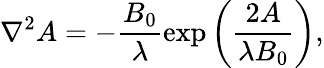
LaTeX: \nabla^{2}A=-\frac{B_{0}}{\lambda}\exp\left(\frac{2A}{\lambda B_{0}}\right),